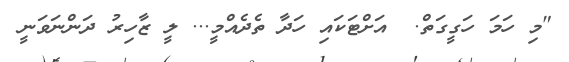
"މި ހަމަ ހަގީގަތް.  އަށްޓަކައި ހަދާ ތެދެއްމީ... ލީ ޒާހިރު ދަންނަވަނީ